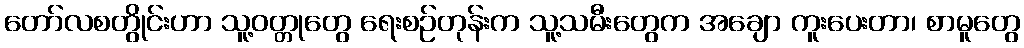
တော်လစတွိုင်းဟာ သူ့ဝတ္တုတွေ ရေးစဉ်တုန်းက သူ့သမီးတွေက အချော ကူးပေးတာ၊ စာမူတွေ